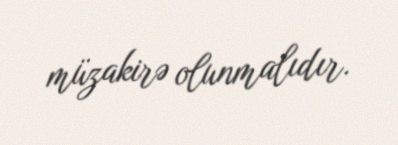
müzakirə olunmalıdır.